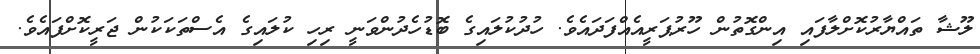
ލޫޝާ ތައްޔާރުކޮށްލާފައި އިންގޮތުން ހޫރުޕަރީއެއްފަދައެވެ. ހުދުކުލައިގެ ބޮޑުހެދުންވަނީ ރިހި ކުލައިގެ އެސްތަކަކުން ޖަރީކޮށްފައެވެ.